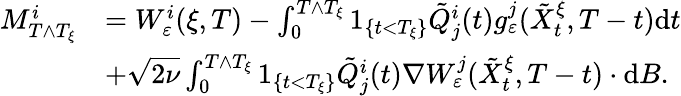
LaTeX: \begin{array}{rl}{M_{T\wedge T_{\xi}}^{i}}&{=W_{\varepsilon}^{i}(\xi,T)-\int_{0}^{T\wedge T_{\xi}}1_{\{ t<T_{\xi}\} }\tilde{Q}_{j}^{i}(t)g_{\varepsilon}^{j}(\tilde{X}_{t}^{\xi},T-t)\textrm{d}t}\\ &{+\sqrt{2\nu}\int_{0}^{T\wedge T_{\xi}}1_{\{ t<T_{\xi}\} }\tilde{Q}_{j}^{i}(t)\nabla W_{\varepsilon}^{j}(\tilde{X}_{t}^{\xi},T-t)\cdot\textrm{d}B.}\end{array}